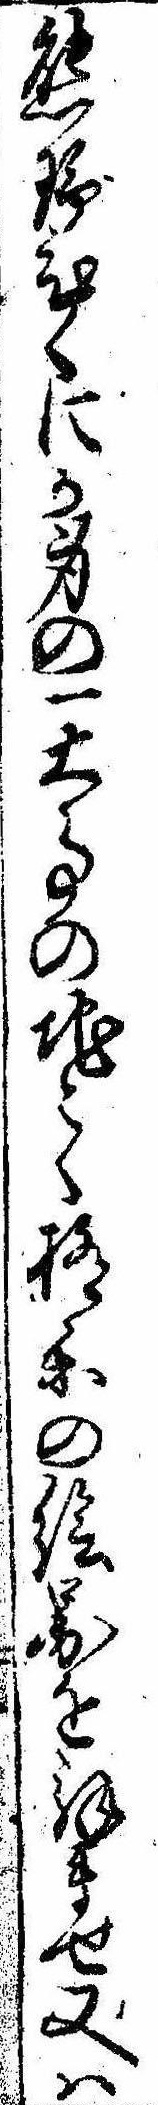
熊野ひくにか身の一大事の地こく極楽の絵図を拝ませ又は